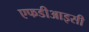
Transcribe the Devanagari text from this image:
एफडीआइसी